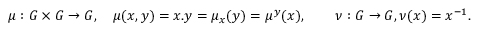
\mu : G \times G \to G , \quad \mu ( x , y ) = x . y = \mu _ { x } ( y ) = \mu ^ { y } ( x ) , \qquad \nu : G \to G , \nu ( x ) = x ^ { - 1 } .